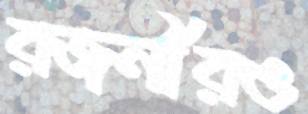
রজনীরও